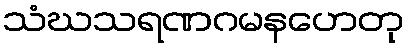
သံဃသရဏဂမနဟေတု